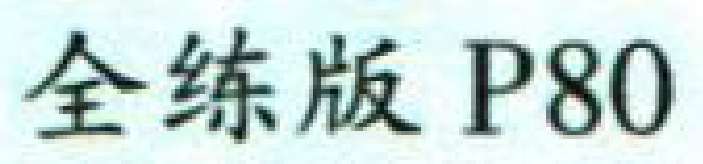
全练版 P80